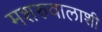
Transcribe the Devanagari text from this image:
मशरुवालाशी